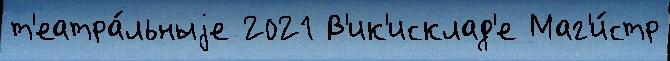
т'еатра́льныjе 2021 В'ик'исклад'е Маг'и́стр